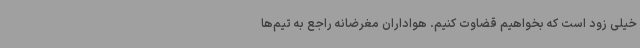
خیلی زود است که بخواهیم قضاوت کنیم. هواداران مغرضانه راجع به تیم‌ها